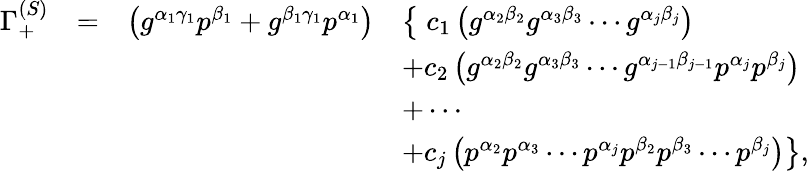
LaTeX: \begin{array}{rcrl}{{\Gamma_{+}^{(S)}}}&{{=}}&{{\left(g^{\alpha_{1}\gamma_{1}}p^{\beta_{1}}+g^{\beta_{1}\gamma_{1}}p^{\alpha_{1}}\right)}}&{{\left\{ \; c_{1}\left(g^{\alpha_{2}\beta_{2}}g^{\alpha_{3}\beta_{3}}\cdots g^{\alpha_{j}\beta_{j}}\right)\right.}}\\ {{}}&{{}}&{{}}&{{+c_{2}\left(g^{\alpha_{2}\beta_{2}}g^{\alpha_{3}\beta_{3}}\cdots g^{\alpha_{j-1}\beta_{j-1}}p^{\alpha_{j}}p^{\beta_{j}}\right)}}\\ {{}}&{{}}&{{}}&{{+\cdots}}\\ {{}}&{{}}&{{}}&{{\left.+c_{j}\left(p^{\alpha_{2}}p^{\alpha_{3}}\cdots p^{\alpha_{j}}p^{\beta_{2}}p^{\beta_{3}}\cdots p^{\beta_{j}}\right)\right\} ,}}\end{array}